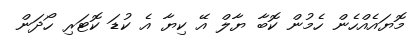
މޮޔައެއްހެން ހެމުން ކޮބާ ޔާލް އޭ ކިޔާ އެ ކުޑަ ކޮޓަރި ހޯދަން